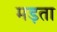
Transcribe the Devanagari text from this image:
मड़ता